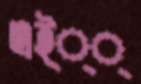
এই্্্